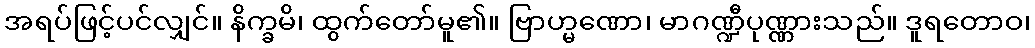
အရပ်ဖြင့်ပင်လျှင်။ နိက္ခမိ၊ ထွက်တော်မူ၏။ ဗြာဟ္မဏော၊ မာဂဏ္ဍီပုဏ္ဏားသည်။ ဒူရတောဝ၊